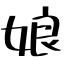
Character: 娘